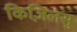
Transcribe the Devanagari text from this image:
किज़िलसु